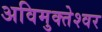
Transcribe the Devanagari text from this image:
अविमुक्तेश्वर